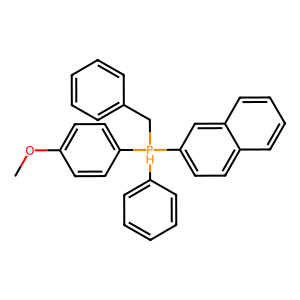
SMILES: COc1ccc([PH](Cc2ccccc2)(c2ccccc2)c2ccc3ccccc3c2)cc1
Inhibits HIV replication: No